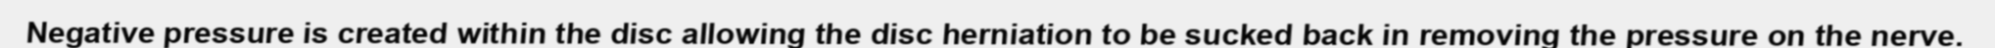
Negative pressure is created within the disc allowing the disc herniation to be sucked back in removing the pressure on the nerve.